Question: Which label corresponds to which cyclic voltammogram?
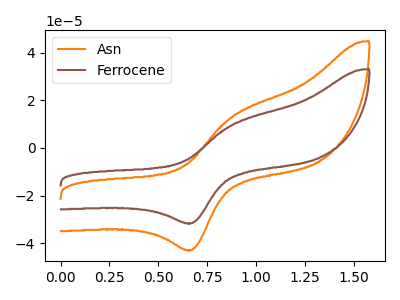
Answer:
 <answer>The orange curve is labeled "Asn". The brown curve is labeled "Ferrocene".</answer>
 <eval></eval>